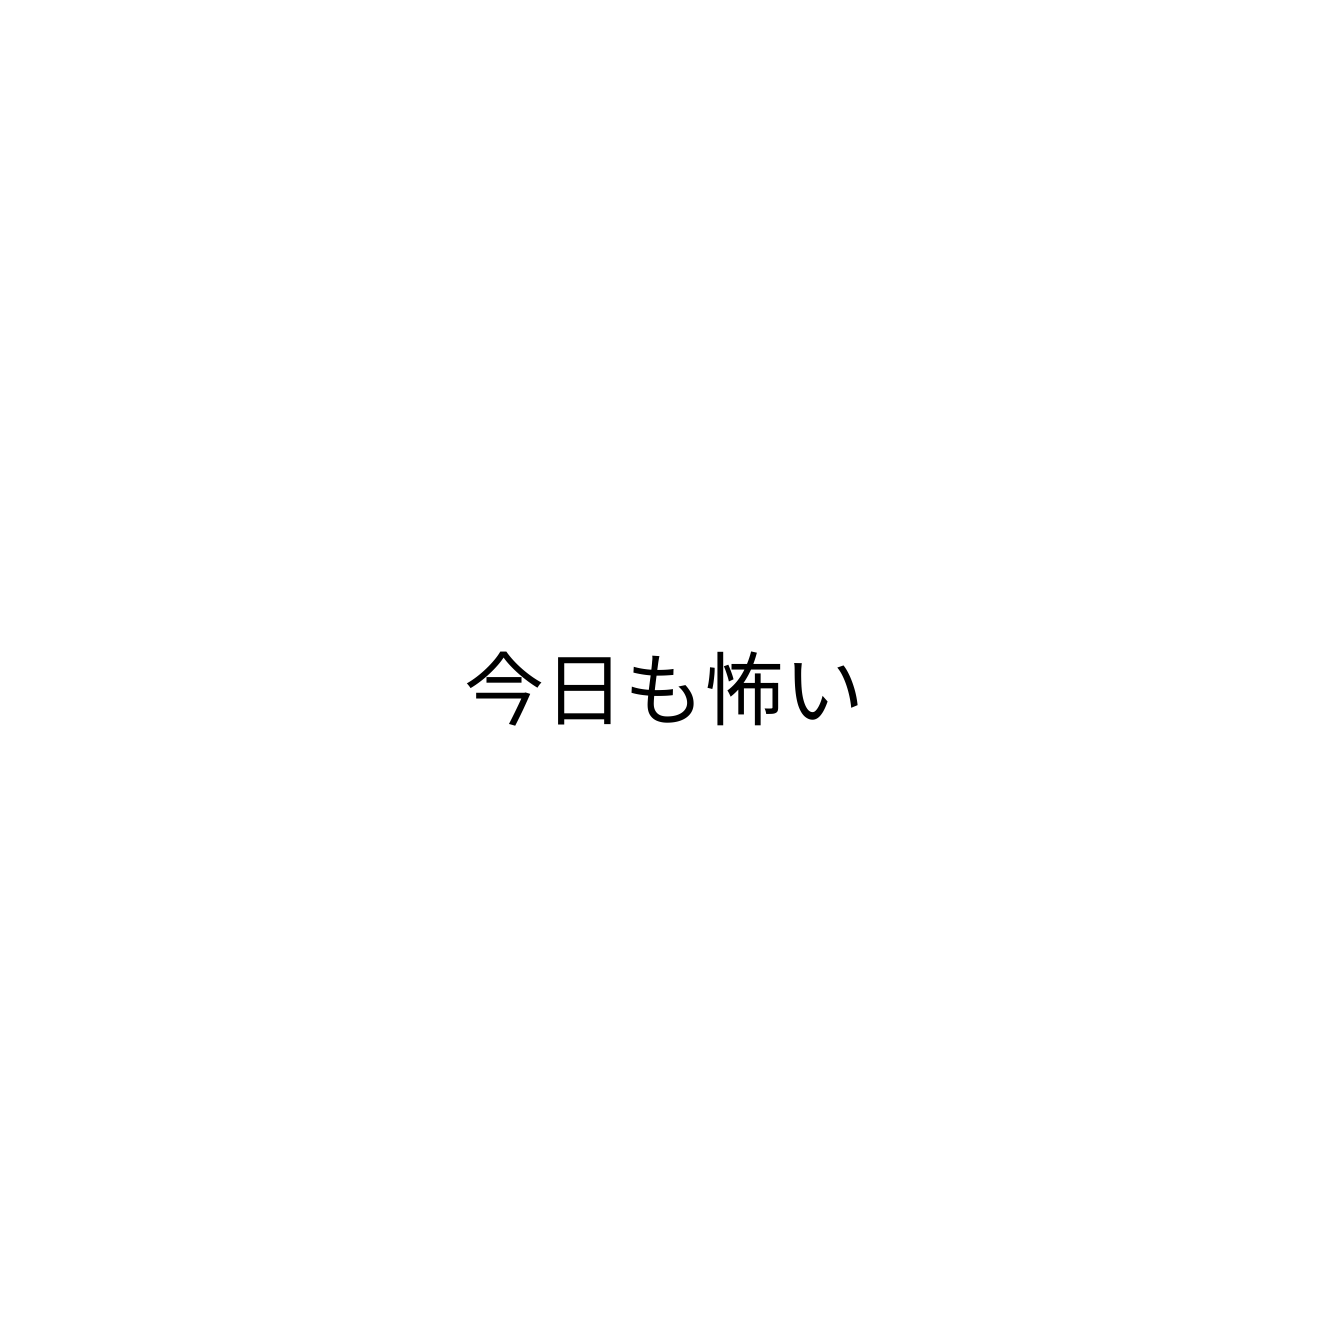
今日も怖い